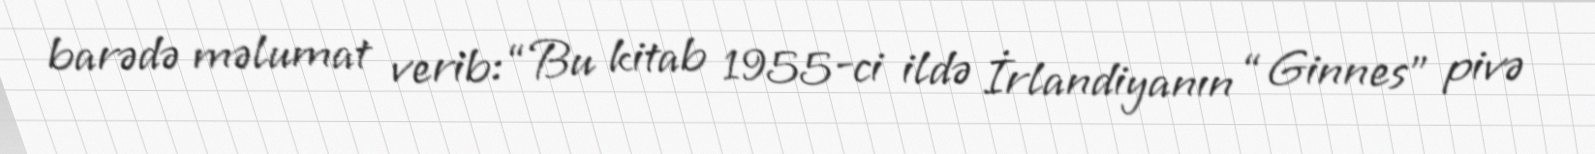
barədə məlumat verib: “Bu kitab 1955-ci ildə İrlandiyanın “Ginnes” pivə